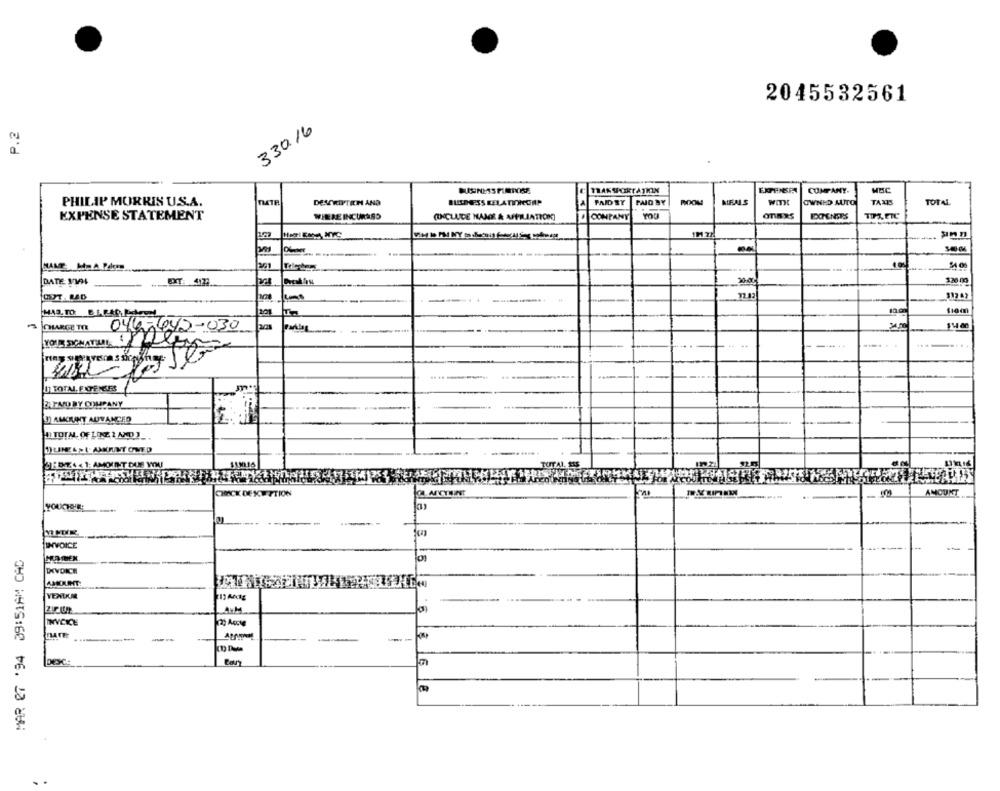
2045532561
P.2
330.16
TAK SPORTATHIM
COMPANY.
PHILIP MORRIS US.A.
TMTR
DENROTEN AND
QUELESS RELATIONCORP
PAIDBY
PAID BY
MEALS
WITH
OWNED AUTO
TAXIS
TOTAL
WHERE INCURASO
OnExS
EXPENSE STATEMENT
(INCLUDE NAMI & AFFILIATION)
COMPANY
201
DATE 1304
DIT: 4122
20:00
120 00
201
-
CHARGE THE
0462-642-030
-
YOUR SIGNATURE
U TOTAL, FAPENSES
FATMORY COUPANY
1) AMOUNT ADVANCED
2:374<1; AMOUNT DUE VINI
AMOUNT
YOUCHOLE
INVOICE
MAR 27 '94 09:51AM CAD
DKVDICH
VENUCR
LAYM
INVOICE
---
-
--